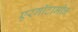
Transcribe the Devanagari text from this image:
एरगॉटामीन